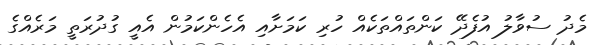
މެދު ސުވާލު އުފެދޭ ކަންތައްތަކެއް ހުރި ކަމަށާއި އެހެންކަމުން އެއީ ގުދުރަތީ މަރެއްގެ